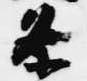
条